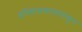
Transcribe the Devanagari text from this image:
इतिहासकालापासून